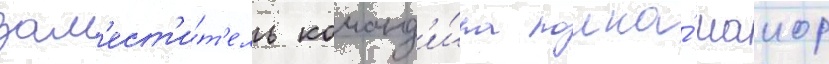
зам'ест'и́т'ель команд'и́ра полка́ маиор